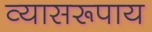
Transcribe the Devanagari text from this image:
व्यासरूपाय